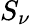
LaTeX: S_{\nu}